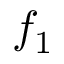
f _ { 1 }